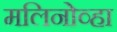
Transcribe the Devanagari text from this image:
मलिनोव्हा